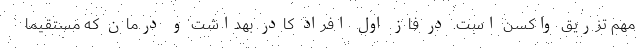
مهم تزریق واکسن است. در فاز اول افراد کادر بهداشت و درمان که مستقیماً